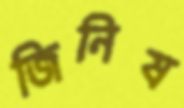
জিনিষ